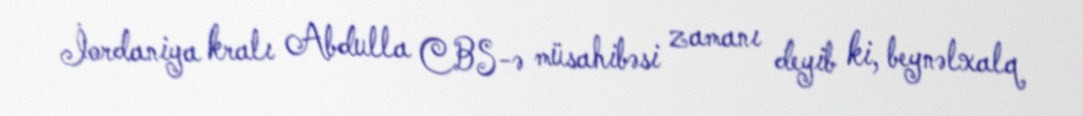
İordaniya kralı Abdulla CBS-ə müsahibəsi zamanı deyib ki, beynəlxalq